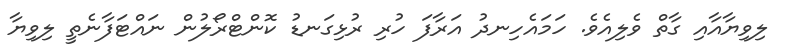
ލިވިޔާއާއި ގާތް ވެލިއެވެ. ހަމައެހިނދު އަރާފަ ހުރި ރުޅިގަނޑު ކޮންޓްރޯލުން ނައްޓަފާނެތީ ލިވިޔާ